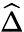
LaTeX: \widehat{\Delta}